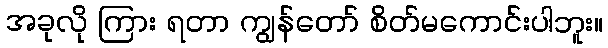
အခုလို ကြား ရတာ ကျွန်တော် စိတ်မကောင်းပါဘူး။